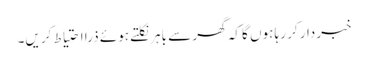
خبردار کر رہا ہوں گا کہ گھر سے باہر نکلتے ہوئے ذرا احتیاط کریں۔